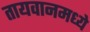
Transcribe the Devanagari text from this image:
तायवानमध्ये